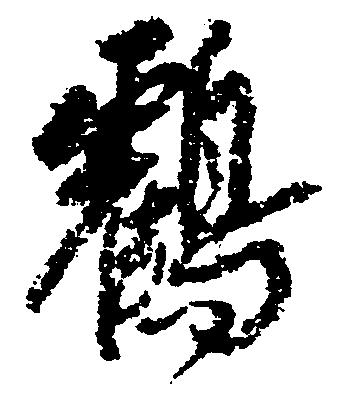
鶴